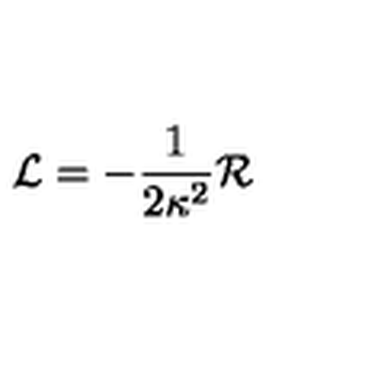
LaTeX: { \cal { L } } = - \frac { 1 } { 2 \kappa ^ { 2 } } { \cal { R } }